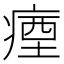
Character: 𭼗